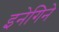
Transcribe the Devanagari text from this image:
इनेगिने